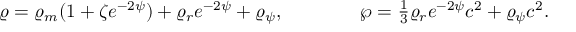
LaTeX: \varrho = \varrho _ { m } ( 1 + \zeta e ^ { - 2 \psi } ) + \varrho _ { r } e ^ { - 2 \psi } + \varrho _ { \psi } , \ \ \ \ \ \ \ \ \ \ \ \ \wp = \textstyle { \frac { 1 } { 3 } } \varrho _ { r } e ^ { - 2 \psi } c ^ { 2 } + \varrho _ { \psi } c ^ { 2 } .